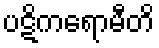
ပဋိကရောမီတိ